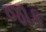
જાક